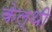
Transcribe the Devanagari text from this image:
केल्थी